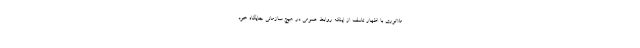
ملانوری با اظهار تاسف از اینکه روابط عمومی در هیچ سازمانی جایگاه خود